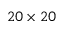
2 0 \times 2 0